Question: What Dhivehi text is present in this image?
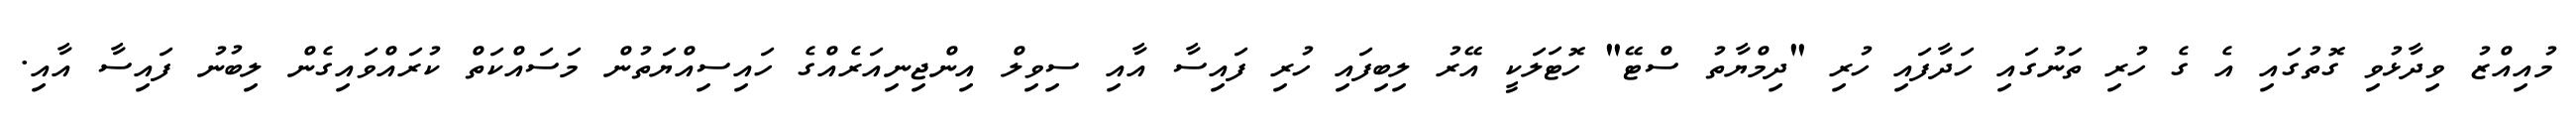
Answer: މުއިއްޒު ވިދާޅުވި ގޮތުގައި އެ ގެ ހުރި ތަނުގައި ހަދާފައި ހުރި "ދިމްޔާތު ސްޓޭ" ހޮޓަލަކީ އޭރު ލިބިފައި ހުރި ފައިސާ އާއި ސިވިލް އިންޖިނިއަރެއްގެ ހައިސިއްޔަތުން މަސައްކަތް ކުރައްވައިގެން ލިބުނު ފައިސާ އާއި.